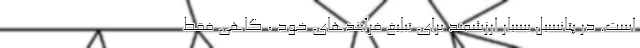
است. در پتانسیل بسیار ارزشمند برای تبلیغ فرآیندهای خود ، گاهی فقط